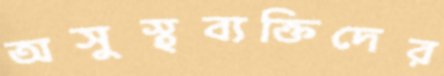
অসুস্থব্যক্তিদের